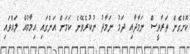
ކޮށްގެން ތަރާވީސް ނަމާދާއި ދަމު ނަމާދު ނުކުރެވޭނެ ކަމަށް އަންގައި އިމާމުއް ލައްވައި